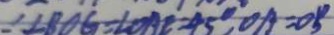
\angle B O G = \angle O A E = 4 5 ^ { \circ } , O A = O B